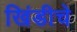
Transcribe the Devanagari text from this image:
खिंडीचे